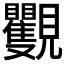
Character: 𧢭